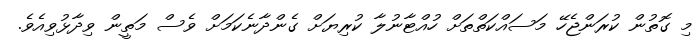
މި ގޮތުން ކުރަންޖެހޭ މަސައްކަތްތަށް ހުއްޓާނުލާ ކުރިޔަށް ގެންދާނެކަމަށް ވެސް މަތީން ވިދާޅުވިއެވެ.